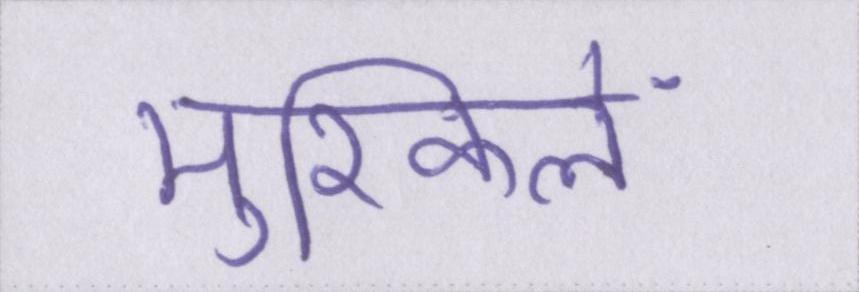
मुश्किलें